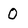
Character: 0